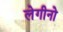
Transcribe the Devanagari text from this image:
लेगीनो